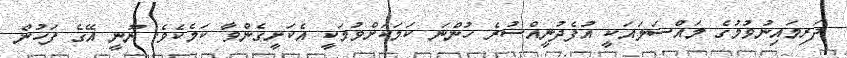
ދަރިމައިނުވުމުގެ މައްސަލައަކީ އުފެދުނީއްސުރެ ހުންނަ ކަމަކަށްވުމަކީ އެކަށީގެންވާ ކަމެކެވެ. ނޫނީ އޭގެ ފަހުން